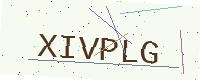
Text: XIVPLG